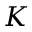
K